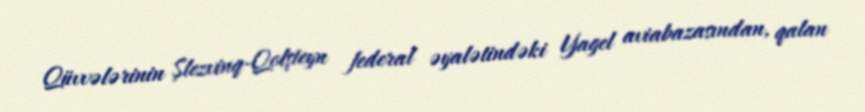
Qüvvələrinin Şlezvinq-Qolşteyn federal əyalətindəki Yagel aviabazasından, qalan